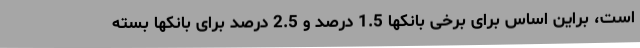
است، براین اساس برای برخی بانکها 1.5 درصد و 2.5 درصد برای بانکها بسته